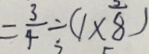
= \frac { 3 } { 4 } \div ( 1 \times 8 )